Annual report of the Imperial Bacteriologist
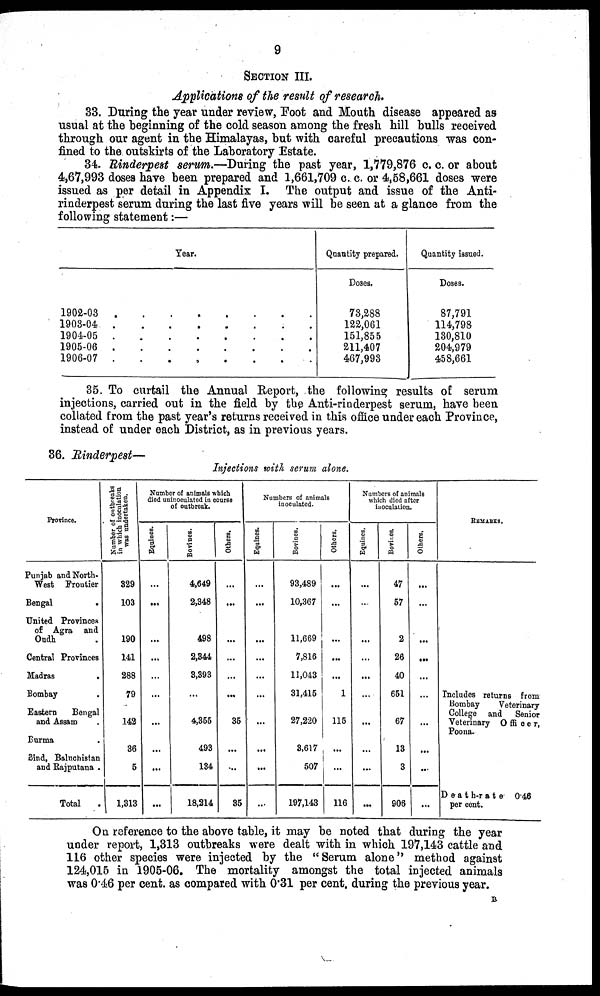
9
SECTION III.
Applications of the result of research.
33. During the year under review, Foot and Mouth disease appeared as
usual at the beginning of the cold season among the fresh hill bulls received
through our agent in the Himalayas, but with careful precautions was con-
fined to the outskirts of the Laboratory Estate.
34. Rinderpest serum.—During the past year, 1,779,876 c. c. or about
4,67,993 doses have been prepared and 1,661,709 c. c. or 4,58,661 doses were
issued as per detail in Appendix I. The output and issue of the Anti-
rinderpest serum during the last five years will be seen at a glance from the
following statement :—
Year.
1902-03
1903-04
1904-05
1905-06
1906-07
.
.
.
.
.
.
.
.
.
.
.
.
.
.
.
.
.
.
.
.
.
.
.
.
.
.
.
.
.
.
.
.
.
.
.
.
.
.
.
.
Quantity prepared.
Doses.
73,288
122,061
151,855
211,407
467,993
Quantity issued.
Doses.
87,791
114,798
130,810
204,979
458,661
35. To curtail the Annual Report, the following results of serum
injections, carried out in the field by the Anti-rinderpest serum, have been
collated from the past year's returns received in this office under each Province,
instead of under each District, as in previous years.
36. Rinderpest—
Injections with serum alone.
Province.
Punjab and North-
West Frontier
Bengal
.
United Provinces
of Agra and
Oudh
Central Provinces
Madras
.
Bombay .
Eastern
Bengal
and Assam .
Burma .
Sind, Baluchistan
and Rajputana .
Total .
Number of outbreaks
in which inoculation
was undertaken.
329
103
190
141
288
79
142
36
5
1,313
Number of animals which
died uninoculated in course
of outbreak.
Equities
...
...
...
...
...
...
...
...
...
...
Bovines.
4,649
2,348
498
2,344
3,393
...
4,355
493
134
18,214
Others.
...
...
...
...
...
...
35
...
...
35
Numbers of animals
inoculated.
Equines.
...
...
...
...
...
...
...
...
...
...
Bovines.
93,489
10,367
11,669
7,816
11,043
31,415
27,220
3,617
507
197,143
Ot her s .
...
...
...
...
...
1
115
...
...
116
Numbers of animals
which died after
inoculation.
Equines.
...
...
...
...
...
...
...
...
...
...
Bovines.
47
57
2
26
40
651
67
13
3
906
Ot her s
...
...
...
...
...
...
...
...
...
...
REMARKS.
Includes returns from
Bombay
Veterinary
College and Senior
Veterinary Officer,
Poona.
Death-rate
0.46
per cent.
On reference to the above table, it may be noted that during the year
under report, 1,313 outbreaks were dealt with in which 197,143 cattle and
116 other species were injected by the "Serum alone" method against
124,015 in 1905-06. The mortality amongst the total injected animals
was 0.46 per cent. as compared with 0.31 per cent. during the previous year.
B